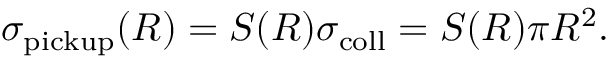
\sigma _ { \mathrm { p i c k u p } } ( R ) = S ( R ) \sigma _ { \mathrm { c o l l } } = S ( R ) \pi R ^ { 2 } .